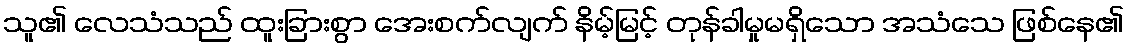
သူ၏ လေသံသည် ထူးခြားစွာ အေးစက်လျက် နိမ့်မြင့် တုန်ခါမှုမရှိသော အသံသေ ဖြစ်နေ၏